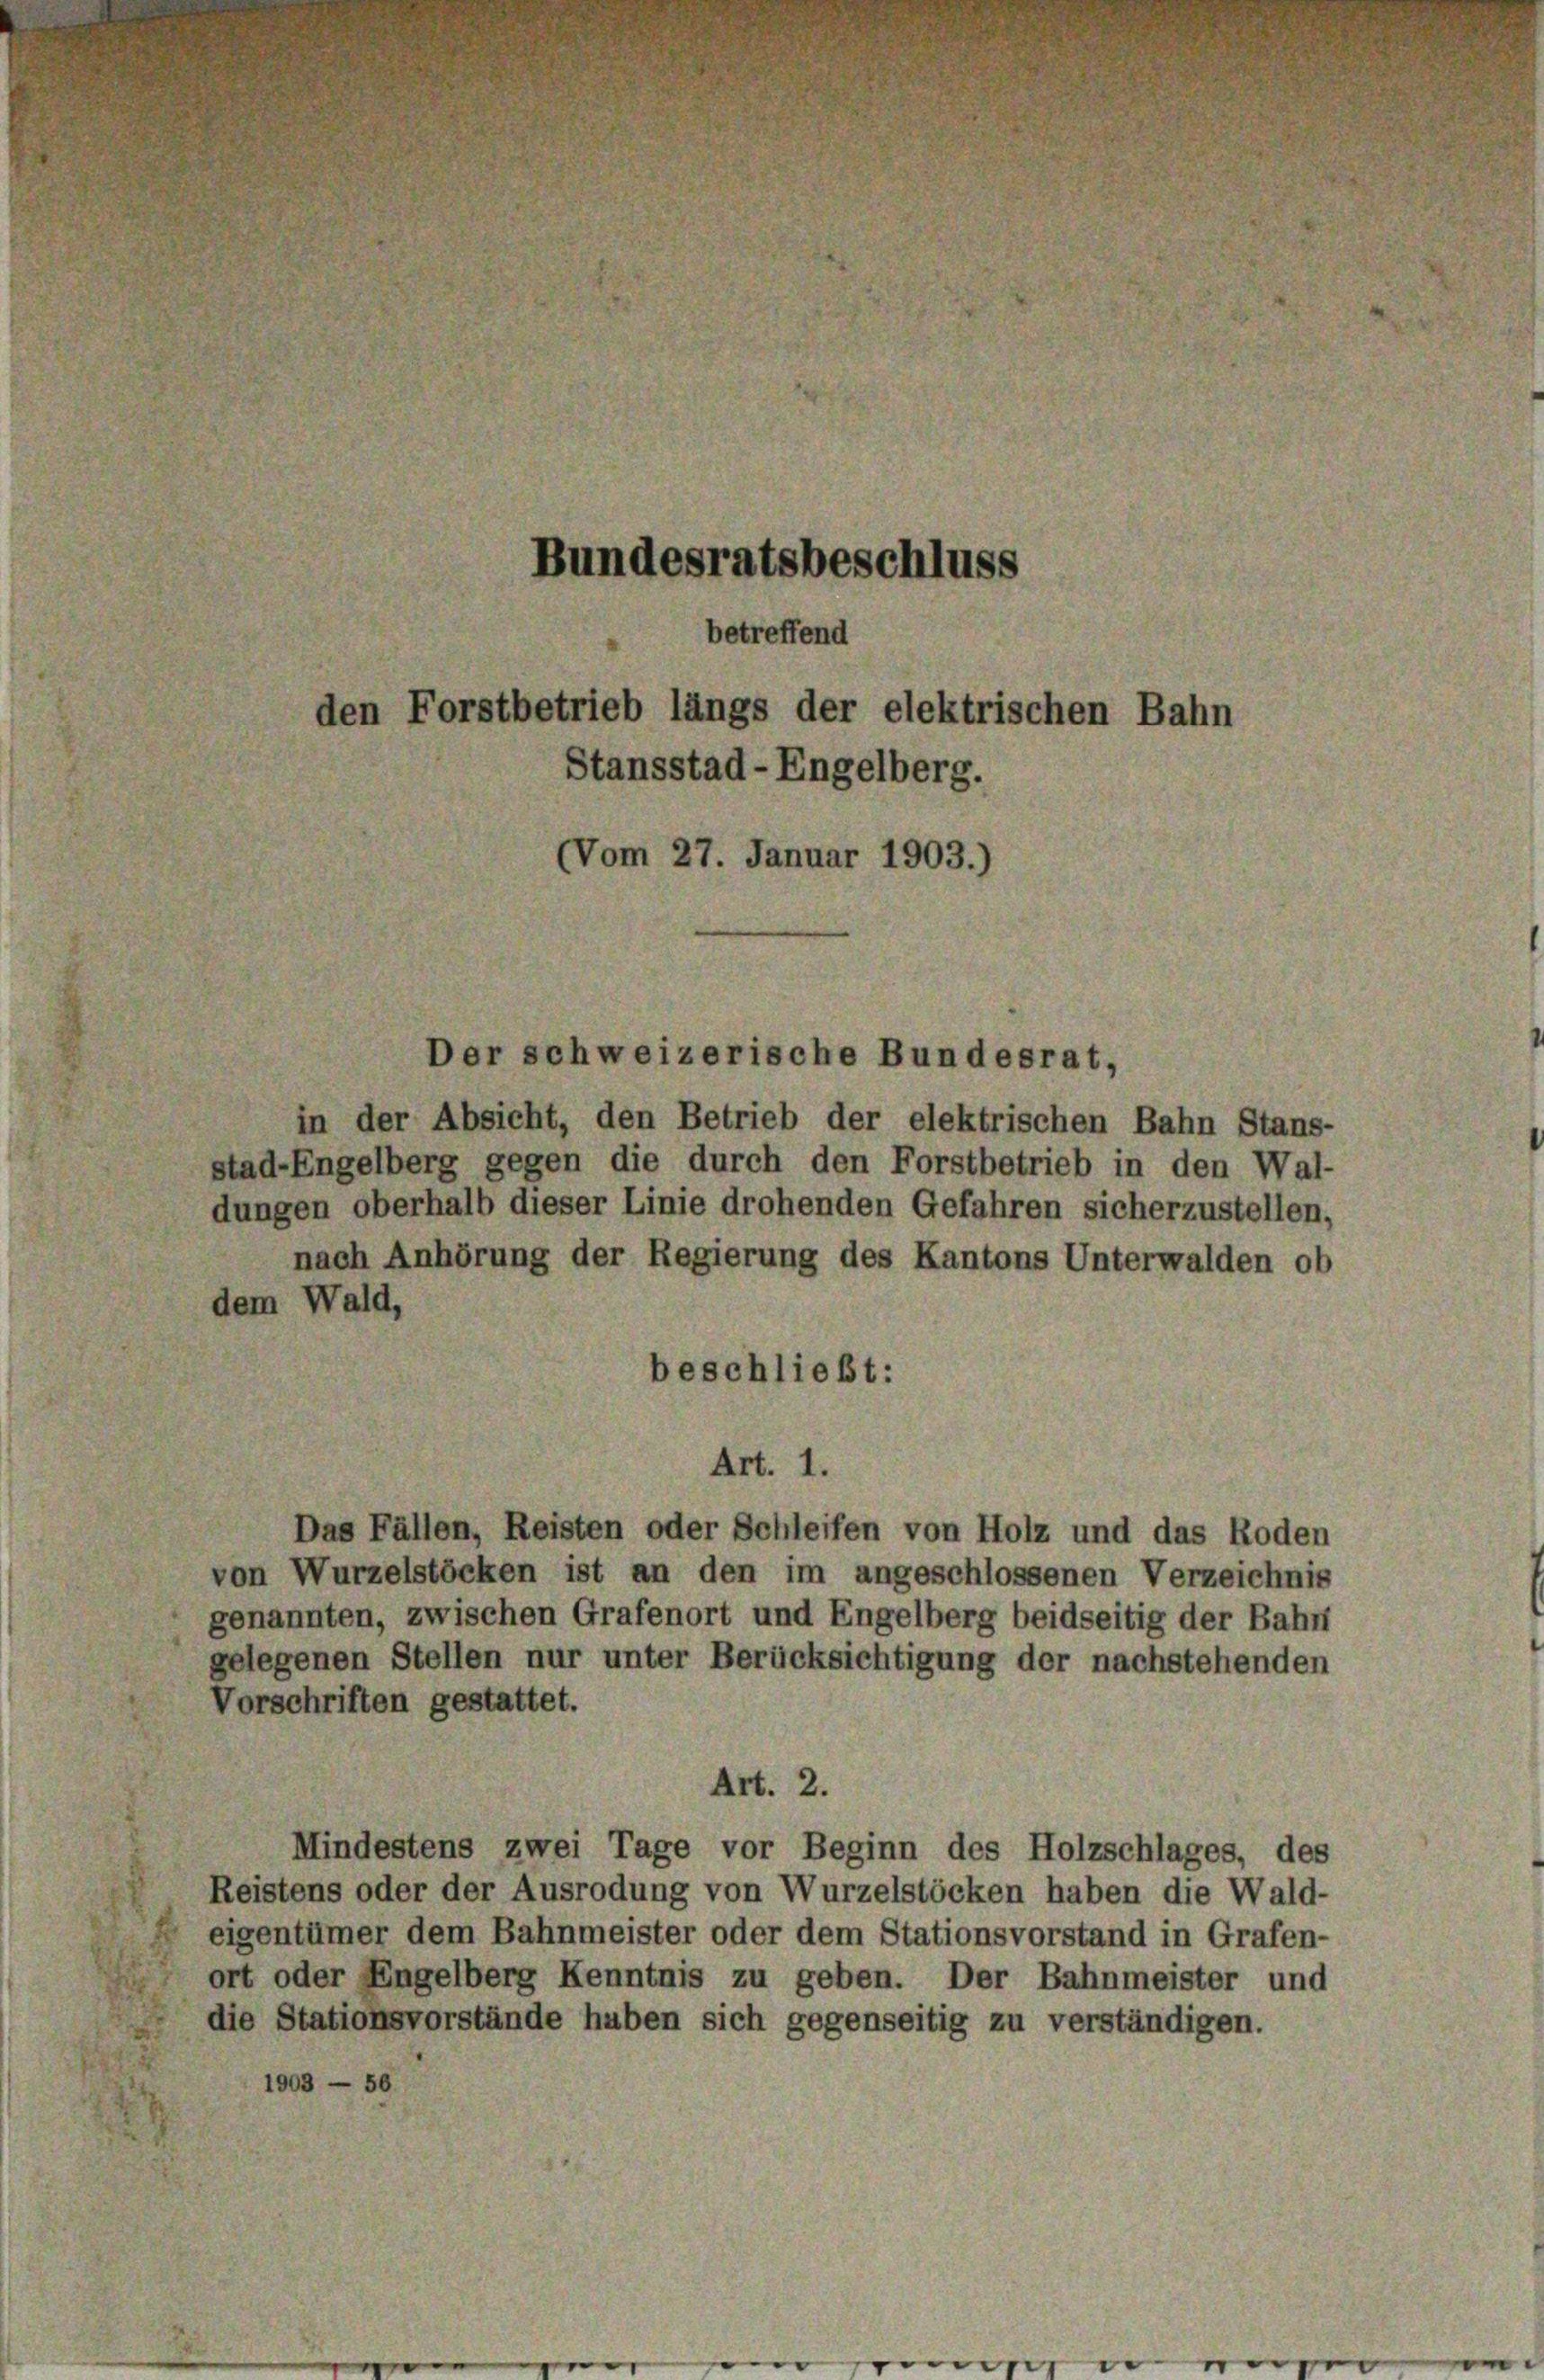
Bundesratsbeschluss
betreffend
den Forstbetrieb längs der elektrischen Bahn
Stansstad-Engelberg.
(Vom 27. Januar 1903.)

in der Absicht, den Betrieb der elektrischen Bahn Stans-
stad-Engelberg gegen die durch den Forstbetrieb in den Wal-
dungen oberhalb dieser Linie drohenden Gefahren sicherzustellen,
nach Anhörung der Regierung des Kantons Unterwalden ob
dem Wald,
beschließt:

Der schweizerische Bundesrat,

Art. 1.
Das Fällen, Reisten oder Schleifen von Holz und das Roden
von Wurzelstöcken ist an den im angeschlossenen Verzeichnis
genannten, zwischen Grafenort und Engelberg beidseitig der Bahn
gelegenen Stellen nur unter Berücksichtigung der nachstehenden
Vorschriften gestattet.
Art. 2.
Mindestens zwei Tage vor Beginn des Holzschlages, des
Reistens oder der Ausrodung von Wurzelstöcken haben die Wald-
eigentümer dem Bahnmeister oder dem Stationsvorstand in Grafen-
ort oder Engelberg Kenntnis zu geben. Der Bahnmeister und
die Stationsvorstände haben sich gegenseitig zu verständigen.
1903 — 50